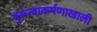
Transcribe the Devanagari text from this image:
गुरूत्वाकर्षणाखाली